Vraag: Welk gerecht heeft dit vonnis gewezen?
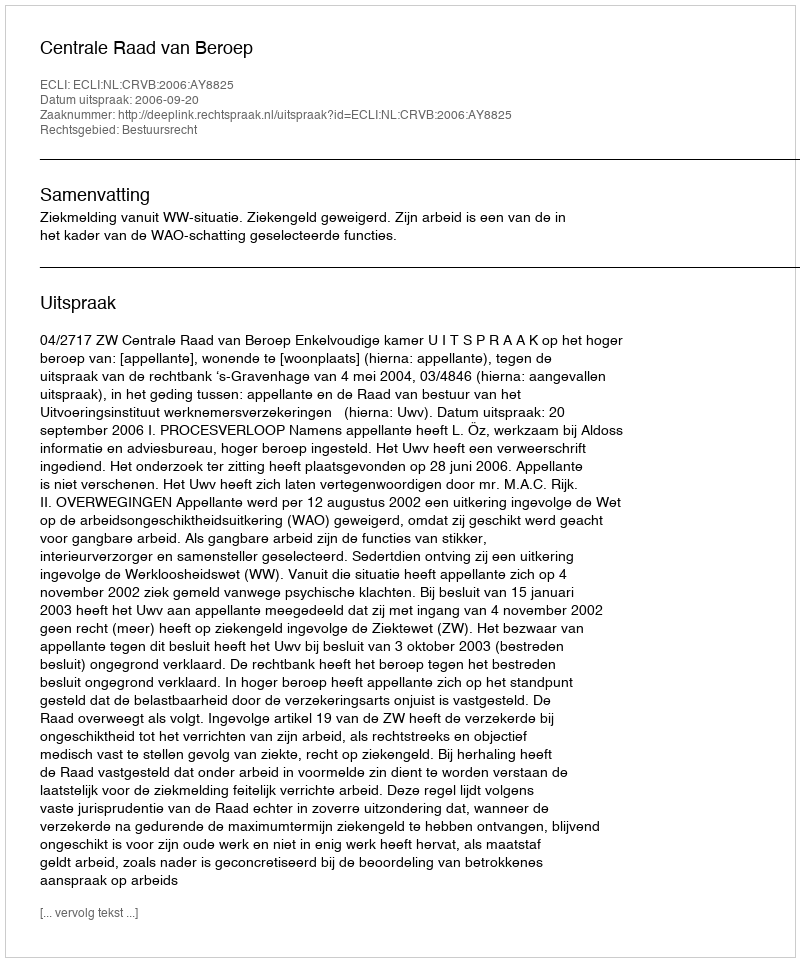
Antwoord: Centrale Raad van Beroep